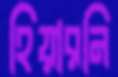
হিয়ারনি